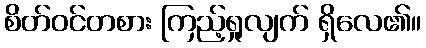
စိတ်ဝင်တစား ကြည့်ရှုလျက် ရှိလေ၏။